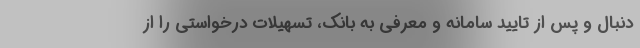
دنبال و پس از تایید سامانه و معرفی به بانک، تسهیلات درخواستی را از